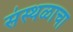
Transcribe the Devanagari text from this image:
संस्थळाचा